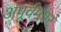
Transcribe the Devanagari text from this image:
अपूर्वमपरं